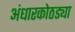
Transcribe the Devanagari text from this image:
अंधारकोठड्या